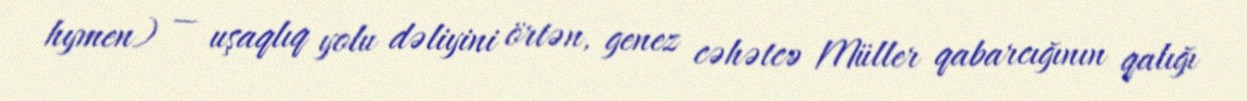
hymen) — uşaqlıq yolu dəliyini örtən, genez cəhətcə Müller qabarcığının qalığı